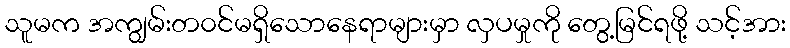
သူမက အကျွမ်းတ၀င်မရှိသောနေရာများမှာ လှပမှုကို တွေ့မြင်ရဖို့ သင့်အား